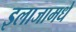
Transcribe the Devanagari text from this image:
इलाजामधे